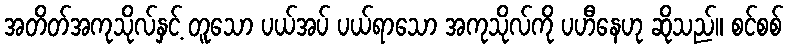
အတိတ်အကုသိုလ်နှင့် တူသော ပယ်အပ် ပယ်ရာသော အကုသိုလ်ကို ပဟီနေဟု ဆိုသည်။ စင်စစ်